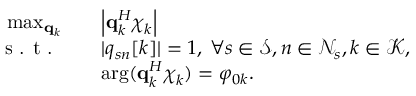
\begin{array} { r l } { \operatorname* { m a x } _ { \boldsymbol { \mathbf { q } _ { k } } } \quad } & { \Bigl | \mathbf { q } _ { k } ^ { H } \boldsymbol { \chi } _ { k } \Bigl | } \\ { \textrm { s . t . } \quad } & { | q _ { s n } [ k ] | = 1 , \: \forall s \in \mathcal { S } , n \in \mathcal { N } _ { s } , k \in \mathcal { K } , } \\ { \quad } & { \arg ( \mathbf { q } _ { k } ^ { H } \boldsymbol { \chi } _ { k } ) = \varphi _ { 0 k } . } \end{array}